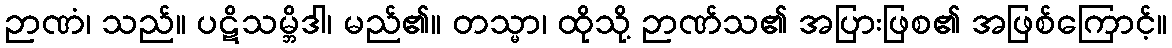
ဉာဏံ၊ သည်။ ပဋိသမ္ဘိဒါ၊ မည်၏။ တသ္မာ၊ ထိုသို့ ဉာဏ်သ၏ အပြားဖြစ၏ အဖြစ်ကြောင့်။